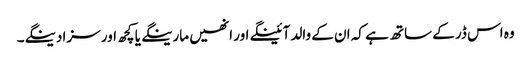
وہ اس ڈر کے ساتھ ہے کہ ان کے والد آئینگے اور انھیں مارینگے یا کچھ اور سزا دینگے۔